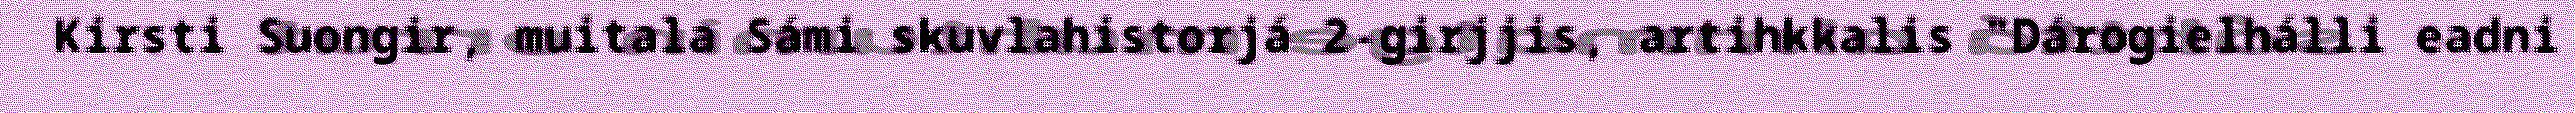
Kirsti Suongir, muitala Sámi skuvlahistorjá 2-girjjis, artihkkalis "Dárogielhálli eadni